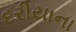
દરીયાના